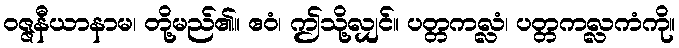
ဝဇ္ဇနီယာနာမ၊ တို့မည်၏။ ဧဝံ၊ ဤသို့လျှင်။ ပတ္တကလ္လံ၊ ပတ္တကလ္လကံကို။